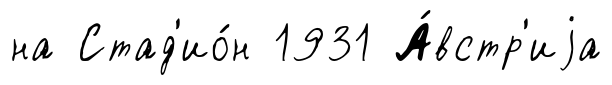
на Стад'ио́н 1931 А́встр'иjа